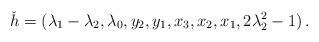
LaTeX: \begin{align*}\check h=(\lambda_1 - \lambda_2, \lambda_0, y_{2}, y_{1}, x_{3}, x_{2}, x_{1}, 2\lambda_2^2 - 1)\,.\end{align*}